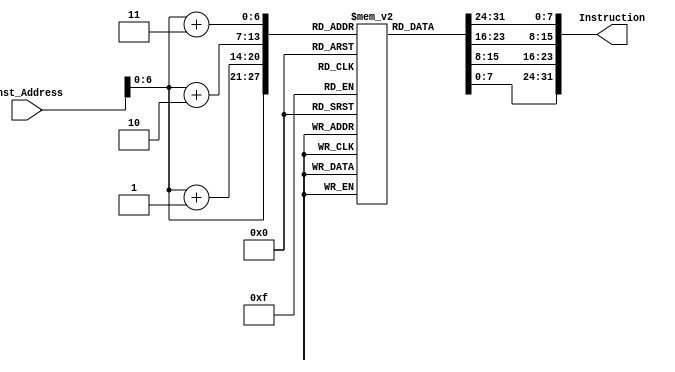
module Instruction_Memory
(
	input [63:0]Inst_Address,
	output reg [31:0]Instruction
);

reg [7:0]registers[75:0];

initial 
begin
	registers[75] = 8'b11111100;
registers[74] = 8'b00000000;
registers[73] = 8'b00000000;
registers[72] = 8'b11100011;


//11111100 00000000 00000000 11100011
registers[71] = 8'b00000000;
registers[70] = 8'b10000101;
registers[69] = 8'b00000101;
registers[68] = 8'b00010011;

registers[67] = 8'b00000000;
registers[66] = 8'b00010010;
registers[65] = 8'b10000010;
registers[64] = 8'b10010011;

registers[63] = 8'b11111110;
registers[62] = 8'b00000000;
registers[61] = 8'b00000110;
registers[60] = 8'b11100011;
  

registers[59] = 8'b00000001;
registers[58] = 8'b11010110;
registers[57] = 8'b00110000;
registers[56] = 8'b00100011;
registers[55] = 8'b00000001;
registers[54] = 8'b11000101;
registers[53] = 8'b00110000;
registers[52] = 8'b00100011;
registers[51] = 8'b11111110;
registers[50] = 8'b00000000;
registers[49] = 8'b00000100;
registers[48] = 8'b11100011;
registers[47] = 8'b00000000;
registers[46] = 8'b10000110;
registers[45] = 8'b00000110;
registers[44] = 8'b00010011;
registers[43] = 8'b00000000; 
registers[42] = 8'b00010011;
registers[41] = 8'b10000011;
registers[40] = 8'b10010011;

registers[39] = 8'b00000001;
registers[38] = 8'b11001110;
registers[37] = 8'b11001000;
registers[36] = 8'b01100011;

registers[35] = 8'b00000000;
registers[34] = 8'b00000101;
registers[33] = 8'b00111110;
registers[32] = 8'b10000011;
registers[31] = 8'b00000000;
registers[30] = 8'b00000110;
registers[29] = 8'b00111110;
registers[28] = 8'b00000011;
registers[27] = 8'b00000010;
registers[26] = 8'b10110011;
registers[25] = 8'b10000100;
registers[24] = 8'b01100011;
registers[23] = 8'b00000000;
registers[22] = 8'b00000000;
registers[21] = 8'b00000010;
registers[20] = 8'b01100011;

registers[19] = 8'b00000001;
registers[18] = 8'b01000000;
registers[17] = 8'b00000110;
registers[16] = 8'b00010011;

 

registers[15] = 8'b00000000;
registers[14] = 8'b00000000;
registers[13] = 8'b00000011;
registers[12] = 8'b10110011;


registers[11] = 8'b00000100;
registers[10] = 8'b10110010;
registers[9] = 8'b10000010;
registers[8] = 8'b01100011;



registers[7] = 8'b00000001;
registers[6] = 8'b01000000;
registers[5] = 8'b00000101;
registers[4] = 8'b00010011;
 


registers[3] = 8'b00000000;
registers[2] = 8'b00110000;
registers[1] = 8'b00000101;
registers[0] = 8'b10010011;


end 

always@(*)
Instruction = {registers[Inst_Address+3],registers[Inst_Address+2],registers[Inst_Address+1],registers[Inst_Address]};

endmodule